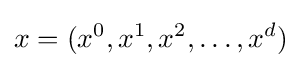
x=(x^{0},x^{1},x^{2},\ldots ,x^{d})